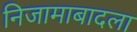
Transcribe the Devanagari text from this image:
निजामाबादला